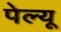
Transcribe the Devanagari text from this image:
पेल्यू